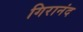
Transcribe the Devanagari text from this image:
गिरानंद